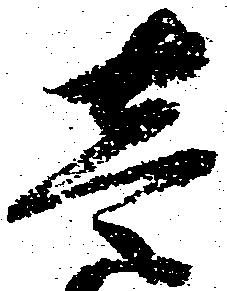
壱